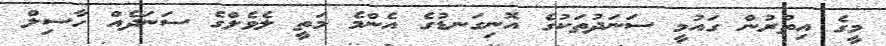
މީގެ އިތުރުން ގައުމީ ސަނަދުތަކުގެ އޮނިގަނޑުގެ އެންމެ މަތީ ލެވެލްގެ ސަނަދެއް ހާސިލް